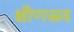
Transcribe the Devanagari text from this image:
क्षीणस्रव